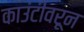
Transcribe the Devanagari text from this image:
काउंटीवरून